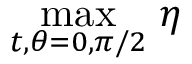
\operatorname* { m a x } _ { t , \theta = 0 , \pi / 2 } \, \eta